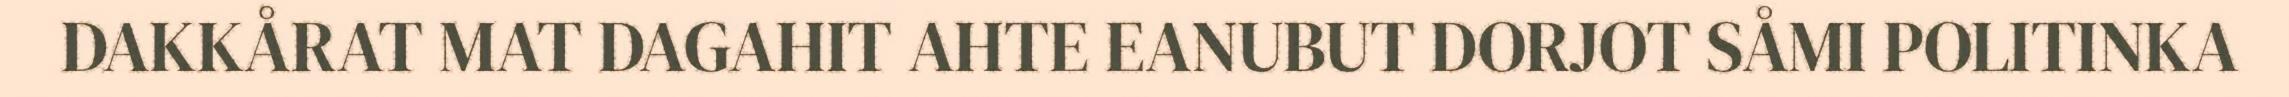
DAKKÅRAT MAT DAGAHIT AHTE EANUBUT DORJOT SÅMI POLITINKA